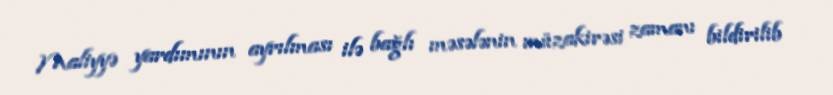
Maliyyə yardımının ayrılması ilə bağlı məsələnin müzakirəsi zamanı bildirilib